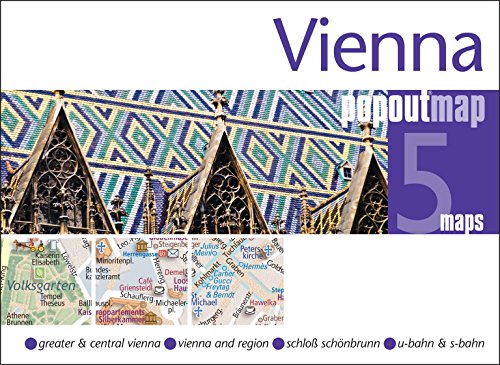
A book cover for Vienna PopOut Map (PopOut Maps); Travel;